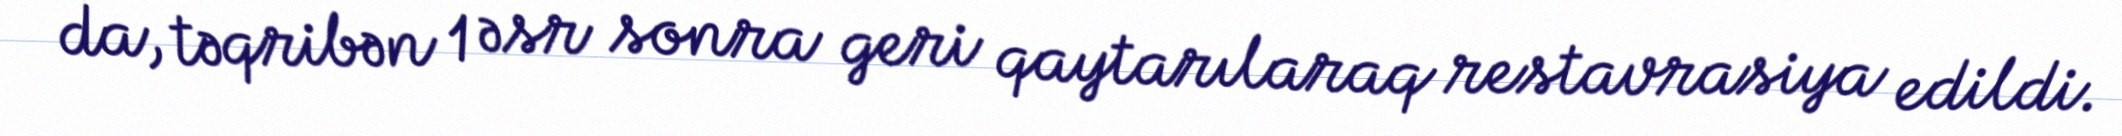
da, təqribən 1 əsr sonra geri qaytarılaraq restavrasiya edildi.